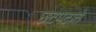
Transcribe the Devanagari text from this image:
छटपटाते